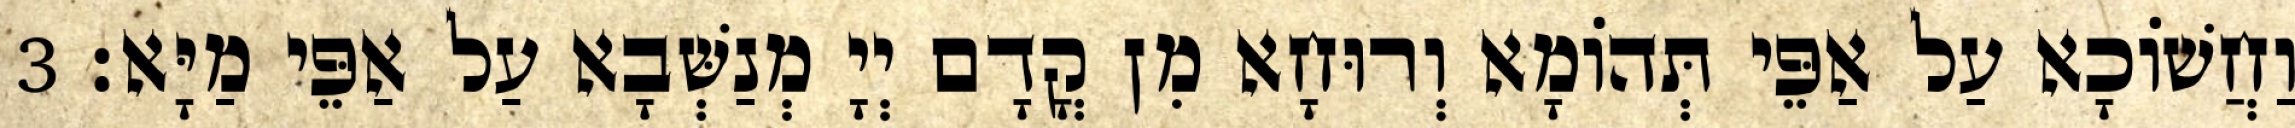
וַחֲשׁוֹכָא עַל אַפֵּי תְּהוֹמָא וְרוּחָא מִן קֳדָם יְיָ מְנַשְּׁבָא עַל אַפֵּי מַיָּא׃ 3